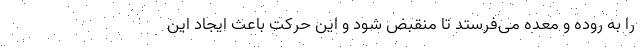
را به روده و معده می‌فرستد تا منقبض شود و این حرکت باعث ایجاد این